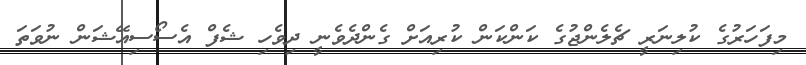
މިފަހަރުގެ ކުލިނަރީ ޗެލެންޖުގެ ކަންކަން ކުރިއަށް ގެންދެވެނީ ދިވެހި ޝެފް އެސޯސިއޭޝަން ނުވަތަ